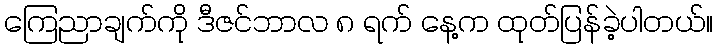
ကြေညာချက်ကို ဒီဇင်ဘာလ ၈ ရက် နေ့က ထုတ်ပြန်ခဲ့ပါတယ်။